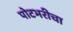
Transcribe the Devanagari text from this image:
पोटभरीचा